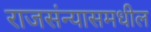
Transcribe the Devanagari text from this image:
राजसंन्यासमधील